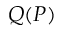
Q ( P )